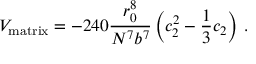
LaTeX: V _ { \mathrm { m a t r i x } } = - 2 4 0 { \frac { r _ { 0 } ^ { 8 } } { N ^ { 7 } b ^ { 7 } } } \left( c _ { 2 } ^ { 2 } - { \frac { 1 } { 3 } } c _ { 2 } \right) \, .